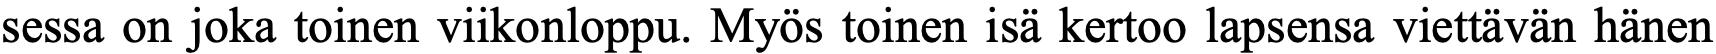
sessa on joka toinen viikonloppu. Myös toinen isä kertoo lapsensa viettävän hänen